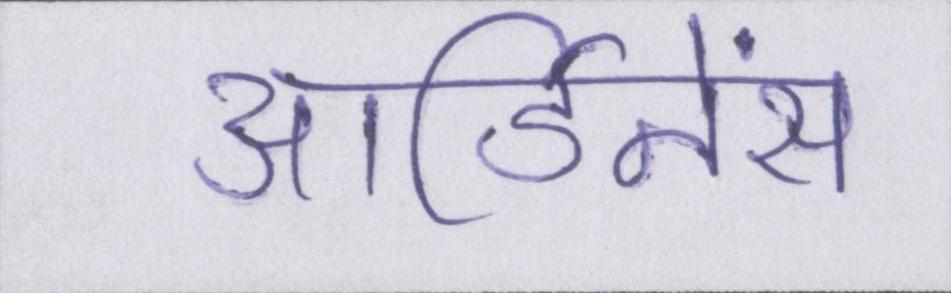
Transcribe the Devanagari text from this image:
आर्डिनेंस